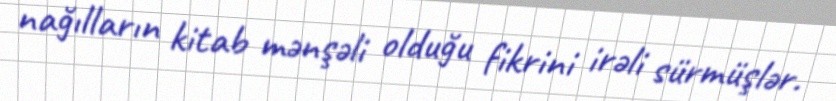
nağılların kitab mənşəli olduğu fikrini irəli sürmüşlər.